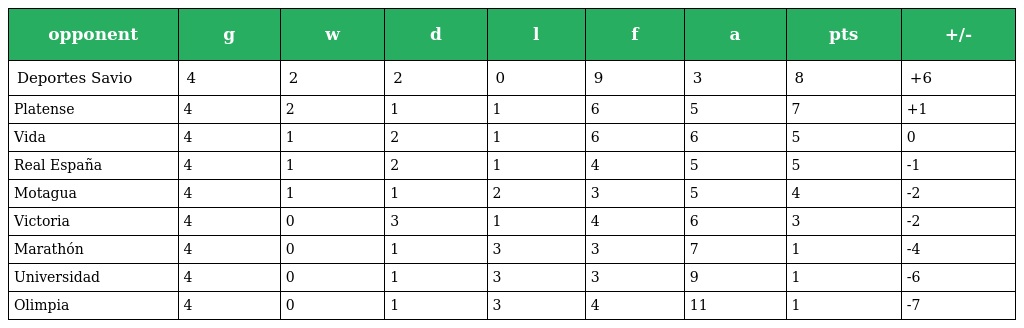
| opponent | g | w | d | l | f | a | pts | +/- |
 | --- | --- | --- | --- | --- | --- | --- | --- | --- |
 | Deportes Savio | 4 | 2 | 2 | 0 | 9 | 3 | 8 | +6 |
 | Platense | 4 | 2 | 1 | 1 | 6 | 5 | 7 | +1 |
 | Vida | 4 | 1 | 2 | 1 | 6 | 6 | 5 | 0 |
 | Real España | 4 | 1 | 2 | 1 | 4 | 5 | 5 | -1 |
 | Motagua | 4 | 1 | 1 | 2 | 3 | 5 | 4 | -2 |
 | Victoria | 4 | 0 | 3 | 1 | 4 | 6 | 3 | -2 |
 | Marathón | 4 | 0 | 1 | 3 | 3 | 7 | 1 | -4 |
 | Universidad | 4 | 0 | 1 | 3 | 3 | 9 | 1 | -6 |
 | Olimpia | 4 | 0 | 1 | 3 | 4 | 11 | 1 | -7 |